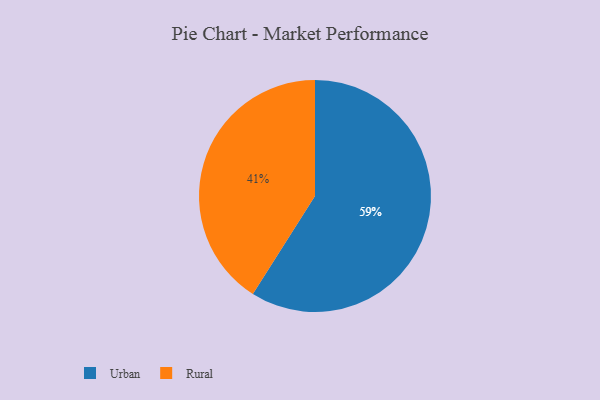
{"axis": {"x": "Category", "y": "Percentage"}, "legend": ["Rural", "Urban"], "data": [{"x": "Urban", "y": 59, "type": "Urban"}, {"x": "Rural", "y": 41, "type": "Rural"}]}